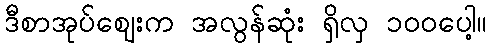
ဒီစာအုပ်ဈေးက အလွန်ဆုံး ရှိလှ ၁၀၀ပေါ့။